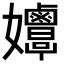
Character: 𡤲